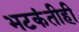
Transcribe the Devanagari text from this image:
भटकंतीही